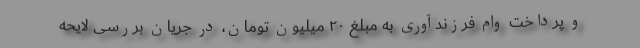
و پرداخت وام فرزندآوری به مبلغ ٢٠ میلیون تومان، در جریان بررسی لایحه